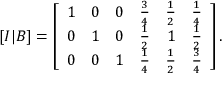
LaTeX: [ I | B ] = \left[ { \begin{array} { r r r r r r } { 1 } & { 0 } & { 0 } & { { \frac { 3 } { 4 } } } & { { \frac { 1 } { 2 } } } & { { \frac { 1 } { 4 } } } \\ { 0 } & { 1 } & { 0 } & { { \frac { 1 } { 2 } } } & { 1 } & { { \frac { 1 } { 2 } } } \\ { 0 } & { 0 } & { 1 } & { { \frac { 1 } { 4 } } } & { { \frac { 1 } { 2 } } } & { { \frac { 3 } { 4 } } } \end{array} } \right] .